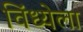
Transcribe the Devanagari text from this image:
विंध्येला